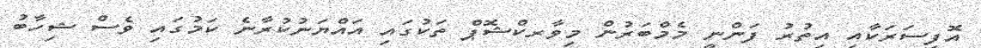
އޮފިސަރަކާއި އިތުރު ފަންނީ މެމްބަރުން މިވާރކްޝޮޕް ތަކުގައި އައްޔަނުކުރާނެ ކަމުގައި ވެސް ޝިހާބު